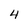
Character: 4